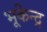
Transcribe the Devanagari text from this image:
भूकेन्द्र